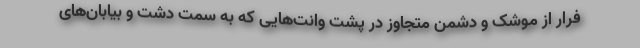
فرار از موشک و دشمن متجاوز در پشت وانت‌هایی که به سمت دشت و بیابان‌های